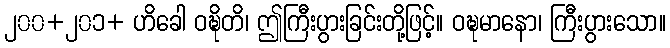
၂၀၀+၂၀၁+ ဟိခေါ ဝဍ္ဎိတိ၊ ဤကြီးပွားခြင်းတို့ဖြင့်။ ဝဍ္ဎမာနော၊ ကြီးပွားသော။